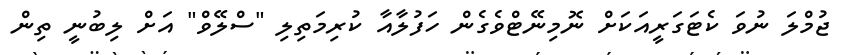
ޖުމްލަ ނުވަ ކެޓަގަރީއަކަށް ނޮމިނޭޓްވެގެން ހަފުލާއާ ކުރިމަތިލި "ސްލޭވް" އަށް ލިބުނީ ތިން